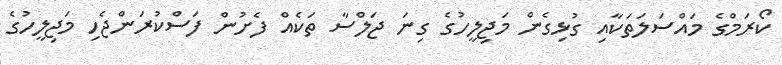
ކޯރަމްގެ މައްސަލަތަކާއި ގުޅިގެން މަޖިލީހުގެ ގިނަ ޖަލްސާ ތަކެއް ފެށުން ފަސްކުރަންޖެހި މަޖިލީހުގެ